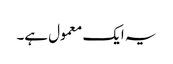
یہ ایک معمول ہے۔